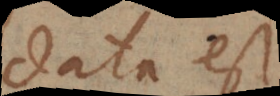
data est;